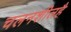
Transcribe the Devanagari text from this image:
चलनशीलहै